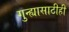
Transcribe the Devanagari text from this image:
गुन्ह्यासाठीही